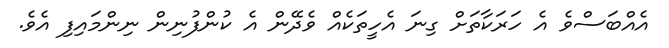
އެއްބަސްވެ އެ ހަރަކާތަށް ގިނަ އެހީތަކެއް ވެދޭން އެ ކުންފުނިން ނިންމައިފި އެވެ.